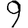
Digit: 9